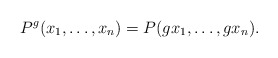
\begin{align*}P^g(x_1, \ldots, x_n)=P(gx_1, \ldots, gx_n).\end{align*}